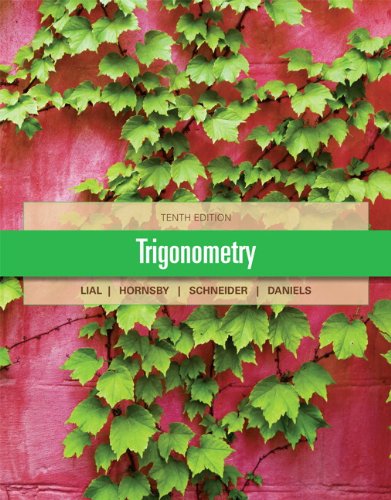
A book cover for Trigonometry (10th Edition); Margaret L. Lial; Science & Math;